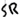
Text: SR